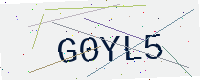
Text: G0YL5